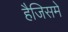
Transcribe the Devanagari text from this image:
हैजिसमे